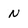
Character: N